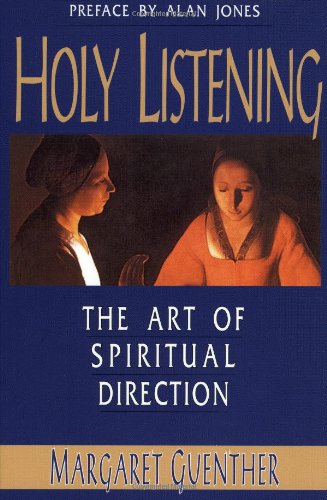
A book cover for Holy Listening: The Art of Spiritual Direction; Margaret Guenther; Christian Books & Bibles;